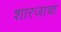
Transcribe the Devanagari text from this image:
शारजाचा